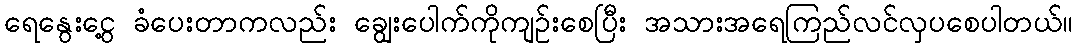
ရေနွေးငွေ့ ခံပေးတာကလည်း ချွေးပေါက်ကိုကျဉ်းစေပြီး အသားအရေကြည်လင်လှပစေပါတယ်။